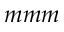
m m m